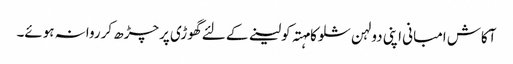
آکاش امبانی اپنی دولہن شلوکا مہتہ کولینے کے لئے گھوڑی پرچڑھ کرروانہ ہوئے۔